Civil Veterinary Dept. Bombay admin report 1914-1922 - 1914-1922
Year: 1914
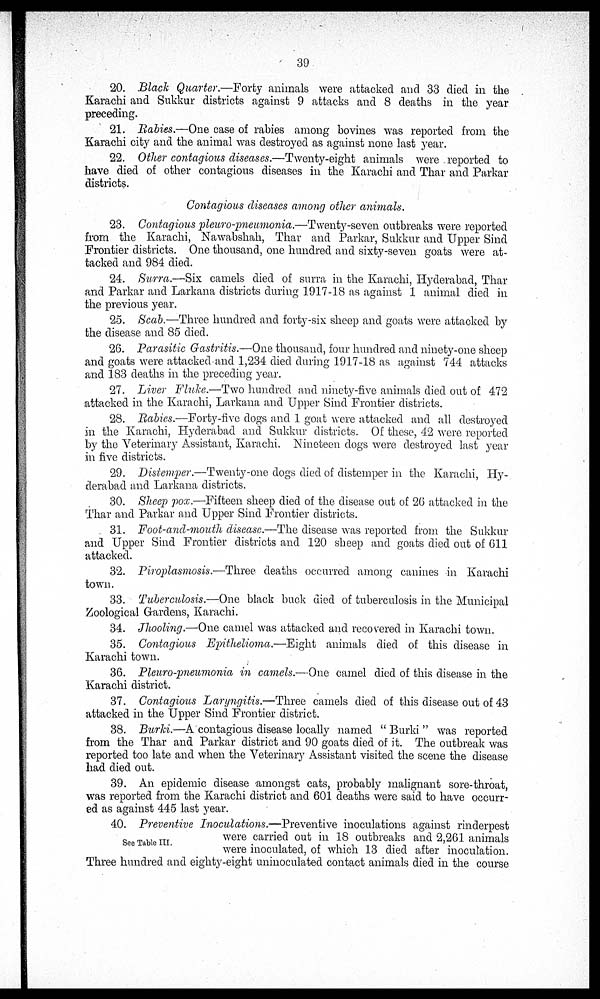
39
20. Black Quarter.—Forty animals were attacked and 33 died in the
Karachi and Sukkur districts against 9 attacks and 8 deaths in the year
preceding.
21. Rabies.—One case of rabies among bovines was reported from the
Karachi city and the animal was destroyed as against none last year.
22. Other contagious diseases.—Twenty-eight animals were reported to
have died of other contagious diseases in the Karachi and Thar and Parkar
districts.
Contagious diseases among other animals.
23. Contagious pleuro-pneumonia.—Twenty-seven outbreaks were reported
from the Karachi, Nawabshah, Thar and Parkar, Sukkur and Upper Sind
Frontier districts. One thousand, one hundred and sixty-seven goats were at-
tacked and 984 died.
24. Surra.—Six camels died of surra in the Karachi, Hyderabad, Thar
and Parkar and Larkana districts during 1917-18 as against 1 animal died in
the previous year.
25. Scab.—Three hundred and forty-six sheep and goats were attacked by
the disease and 85 died.
26. Parasitic Gastritis.—One thousand, four hundred and ninety-one sheep
and goats were attacked and 1,234 died during 1917-18 as against 744 attacks
and 183 deaths in the preceding year.
27. Liver Fluke.—Two hundred and ninety-five animals died out of 472
attacked in the Karachi, Larkana and Upper Sind Frontier districts.
28. Rabies.—Forty-five dogs and 1 goat were attacked and all destroyed
in the Karachi, Hyderabad and Sukkur districts. Of these, 42 were reported
by the Veterinary Assistant, Karachi. Nineteen dogs were destroyed last year
in five districts.
29. Distemper.—Twenty-one dogs died of distemper in the Karachi, Hy-.
derabad and Larkana districts.
30. Sheep pox.—Fifteen sheep died of the disease out of 26 attacked in the
Thar and Parkar and Upper Sind Frontier districts.
31. Foot-and-mouth disease.—The disease was reported from the Sukkur
and Upper Sind Frontier districts and 120 sheep and goats died out of 611
attacked.
32. Piroplasmosis.—Three deaths occurred among canines in Karachi
town.
33. Tuberculosis.-—One black buck died of tuberculosis in the Municipal
Zoological Gardens, Karachi.
34. Jhooling.—One camel was attacked and recovered in Karachi town.
35. Contagious Epithelioma.—Eight
animals died of this disease in
Karachi town.
36. Pleuro-pneumonia in camels.—One camel died of this disease in the
Karachi district.
37. Contagious Laryngitis.—Three
camels died of this disease out of 43
attacked in the Upper Sind Frontier district.
38. Burki.—A contagious disease locally named " Burki " was reported
from the Thar and Parkar district and 90 goats died of it. The outbreak was
reported too late and when the Veterinary Assistant visited the scene the disease
had died out.
39. An epidemic disease amongst cats, probably malignant sore-throat,
was reported from the Karachi district and 601 deaths were said to have occurr-
ed as against 445 last year.
See Table III.
40. Preventive Inoculations.—Preventive
inoculations against rinderpest
were carried out in 18 outbreaks and 2,261 animals
were inoculated, of which 13 died after inoculation.
Three hundred and eighty-eight uninoculated contact animals died in the course